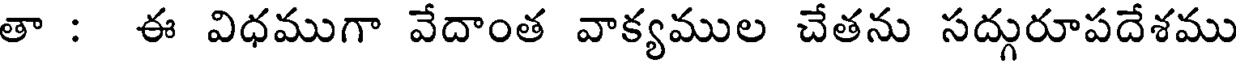
తా : ఈ విధముగా వేదాంత వాక్యముల చేతను సద్గురూపదేశము